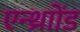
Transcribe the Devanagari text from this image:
एन्थ्राोंड